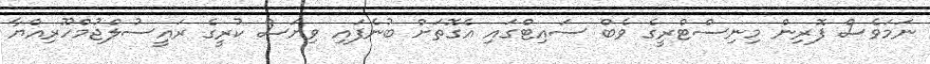
ނަމަވެސް ފޮރިން މިނިސްޓްރީގެ ވެބް ސައިޓްގައި އެގޮތަށް ބުނެފައި ވިޔަސް ކުރީގެ ރައީސުލްޖުމްހޫރިއްޔާ